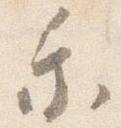
乗